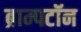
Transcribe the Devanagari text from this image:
ब्राम्पटॉन